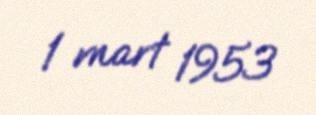
1 mart 1953